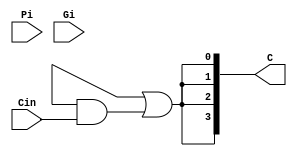
module CLA_logic(
	input [3:0] Pi, //propogate 
	input [3:0] Gi, //generate
	input Cin,
	output [3:0] C);
	//output PG, GG);


assign C[0] = G[0] | (P[0]&Cin);
assign C[1] = G[1] | (P[1]&G[0]) | (P[1]&P[0]&Cin);
assign C[2] = G[2] | (P[2]&G[1]) | (P[2]&P[1]&G[0]) | (P[2]&P[1]&P[0]&Cin);
assign C[3] = G[3] | (P[3]&G[2]) | (P[3]&P[2]&G[1]) | (P[3]&P[2]&P[1]&G[0]) | (P[3]&P[2]&P[1]&P[0]&Cin);

assign PG = P[3]&P[2]&P[1]&P[0]; //group propogate
assign GG =  G[3] | (P[3]&G[2]) | (P[3]&P[2]&G[1]) | (P[3]&P[2]&P[1]&G[0]); //group generate
endmodule